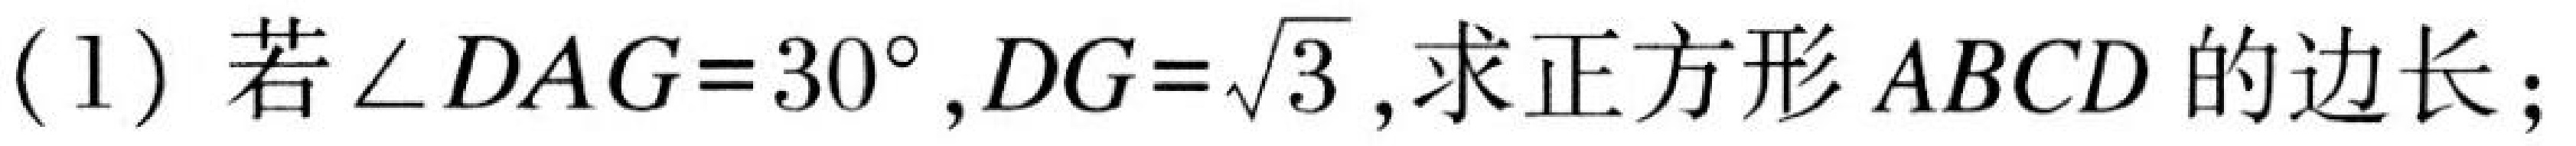
(1) 若\(\angle DAG = 30^{\circ}, DG=\sqrt{3}\),求正方形\(ABCD\)的边长；